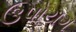
ઉપોયગ